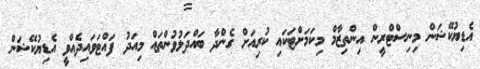
އެޑިޔުކޭޝަން މިނިސްޓްރީން އިންތިޒާމް މިކަމަށްޓަކައި ކުރިއަށް ގެންދާ ބައްދަލުވުންތައް މިއަދު ފައްޓަވައިދެއްވީ އެޑިޔުކޭޝަން